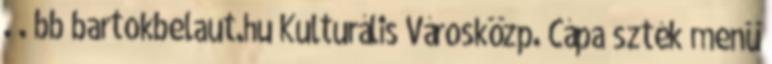
. . bb bartokbelaut.hu Kulturális Városközp. Cápa szték menü